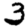
Digit: 3